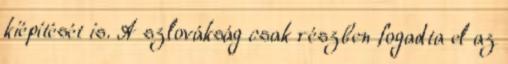
kiépítését is. A szlovákság csak részben fogadta el az